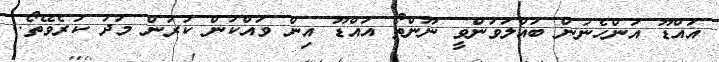
އައްޑޫ އަންހެނުން ބައްލަވަންވީ ނޫންތޯ އައްޑޫ އިން ވައްކަން ކުރުން މަދު ކުރެވޭތޯ.